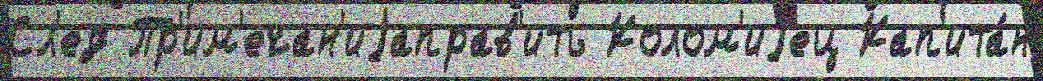
Сл'ед Пр'им'ечан'иjаправ'ить Колом'иjец Кап'ита́н